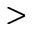
>